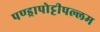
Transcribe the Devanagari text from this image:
पण्ड्रापोट्टीपल्लम